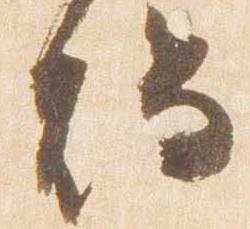
燭